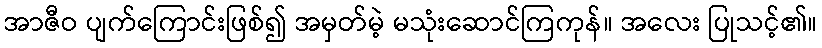
အာဇီဝ ပျက်ကြောင်းဖြစ်၍ အမှတ်မဲ့ မသုံးဆောင်ကြကုန်။ အလေး ပြုသင့်၏။